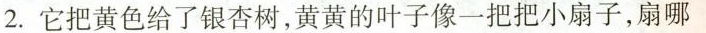
2.它把黄色给了银杏树，黄黄的叶子像一把把小扇子，扇哪